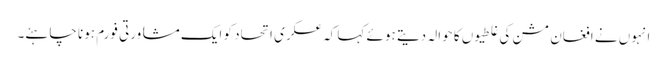
انہوں نے افغان مشن کی غلطیوں کا حوالہ دیتے ہوئے کہا کہ عسکری اتحاد کو ایک مشاورتی فورم ہونا چاہئے۔